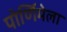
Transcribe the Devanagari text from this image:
पोर्णिमेला